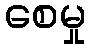
စေမှု